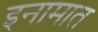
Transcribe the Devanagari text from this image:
इनामात